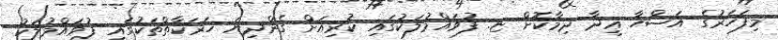
މިފަހަރުގެ އަޟްހާ ޢީދާ ދިމާކޮށް ޏ. ފުވައްމުލަކުގައި ކުރިއަށް ގެންދިޔަ ހަރަކާތްތަކުގައި ފުވައްމުލަކު